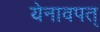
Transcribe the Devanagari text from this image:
येनावपत्